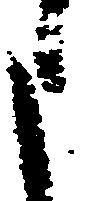
申